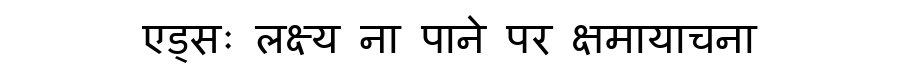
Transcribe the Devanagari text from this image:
एड्सः लक्ष्य ना पाने पर क्षमायाचना